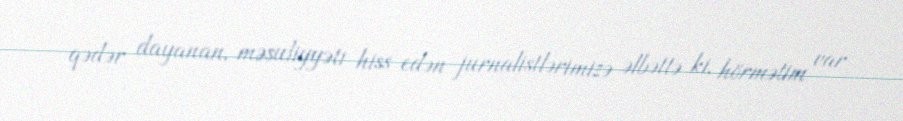
qədər dayanan, məsuliyyəti hiss edən jurnalistlərimizə əlbəttə ki, hörmətim var